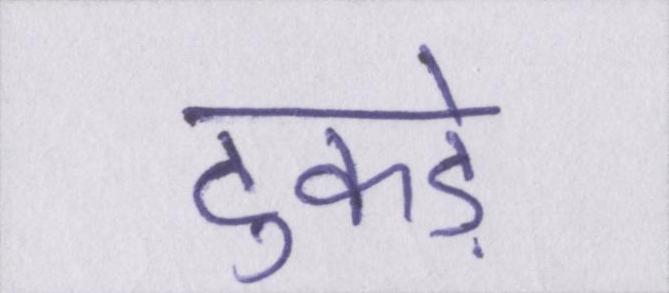
टुकड़े